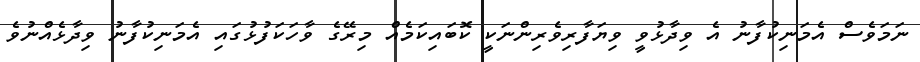
ނަމަވެސް އެމަނިކުފާނު އެ ވިދާޅުވީ ވިޔަފާރިވެރިންނަކީ ކޮބައިކަމެއް މިރޭގެ ވާހަކަފުޅުގައި އެމަނިކުފާނު ވިދާޅެއްނުވެ